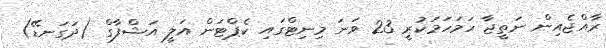
ރާއްޖެއިން ނަތީޖާ ހަމަހަމަކުރީ 23 ވަނަ މިނިޓްގައި ކެޕްޓަން އަލީ އަޝްފާގް (ދަގަނޑޭ)